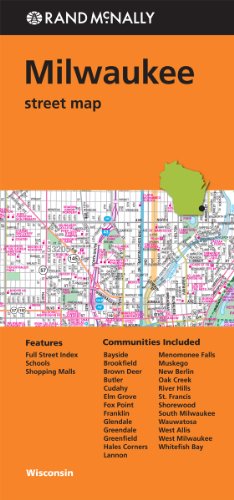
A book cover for Rand Mcnally Folded Map: Milwaukee Street Map; Rand McNally; Travel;